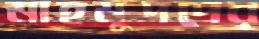
মাহমুদদের